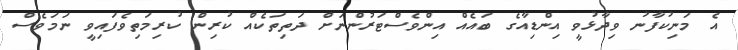
އެ މަނިކުފާނު ވިދާޅުވީ އިންޑިއާގެ ބައެއް އިންވެސްޓަރުންނަށް ދަތިތަކެއް ކުރިން ކުރިމަތިވެފައިވީ ނަމަވެސް